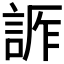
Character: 𧨊